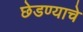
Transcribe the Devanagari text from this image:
छेडण्याचे